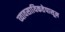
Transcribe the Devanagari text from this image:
व्यावसायिकतेपासून